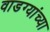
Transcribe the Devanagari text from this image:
वाडग्यांच्या